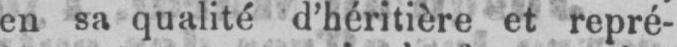
en sa qualité d’héritière et repré-